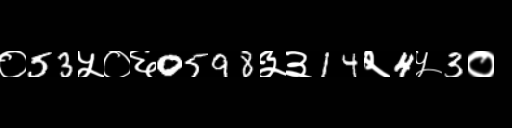
Text: ०53५०६0598३३14२4५3०